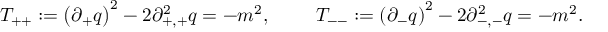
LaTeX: T _ { + + } : = \left( \partial _ { + } q \right) ^ { 2 } - 2 \partial _ { + , + } ^ { 2 } q = - m ^ { 2 } , ~ ~ ~ ~ ~ ~ ~ T _ { -- } : = \left( \partial _ { - } q \right) ^ { 2 } - 2 \partial _ { - , - } ^ { 2 } q = - m ^ { 2 } .